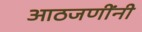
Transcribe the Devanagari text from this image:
आठजणींनी